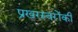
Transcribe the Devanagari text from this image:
प्रखरस्वरोंकी